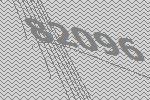
82096